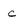
Character: c